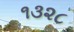
૧૩૨૮